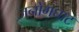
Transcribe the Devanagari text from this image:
जनोगघाट